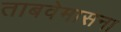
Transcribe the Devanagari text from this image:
ताबवेमासना